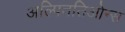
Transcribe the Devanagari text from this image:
अल्पिततिओन्स